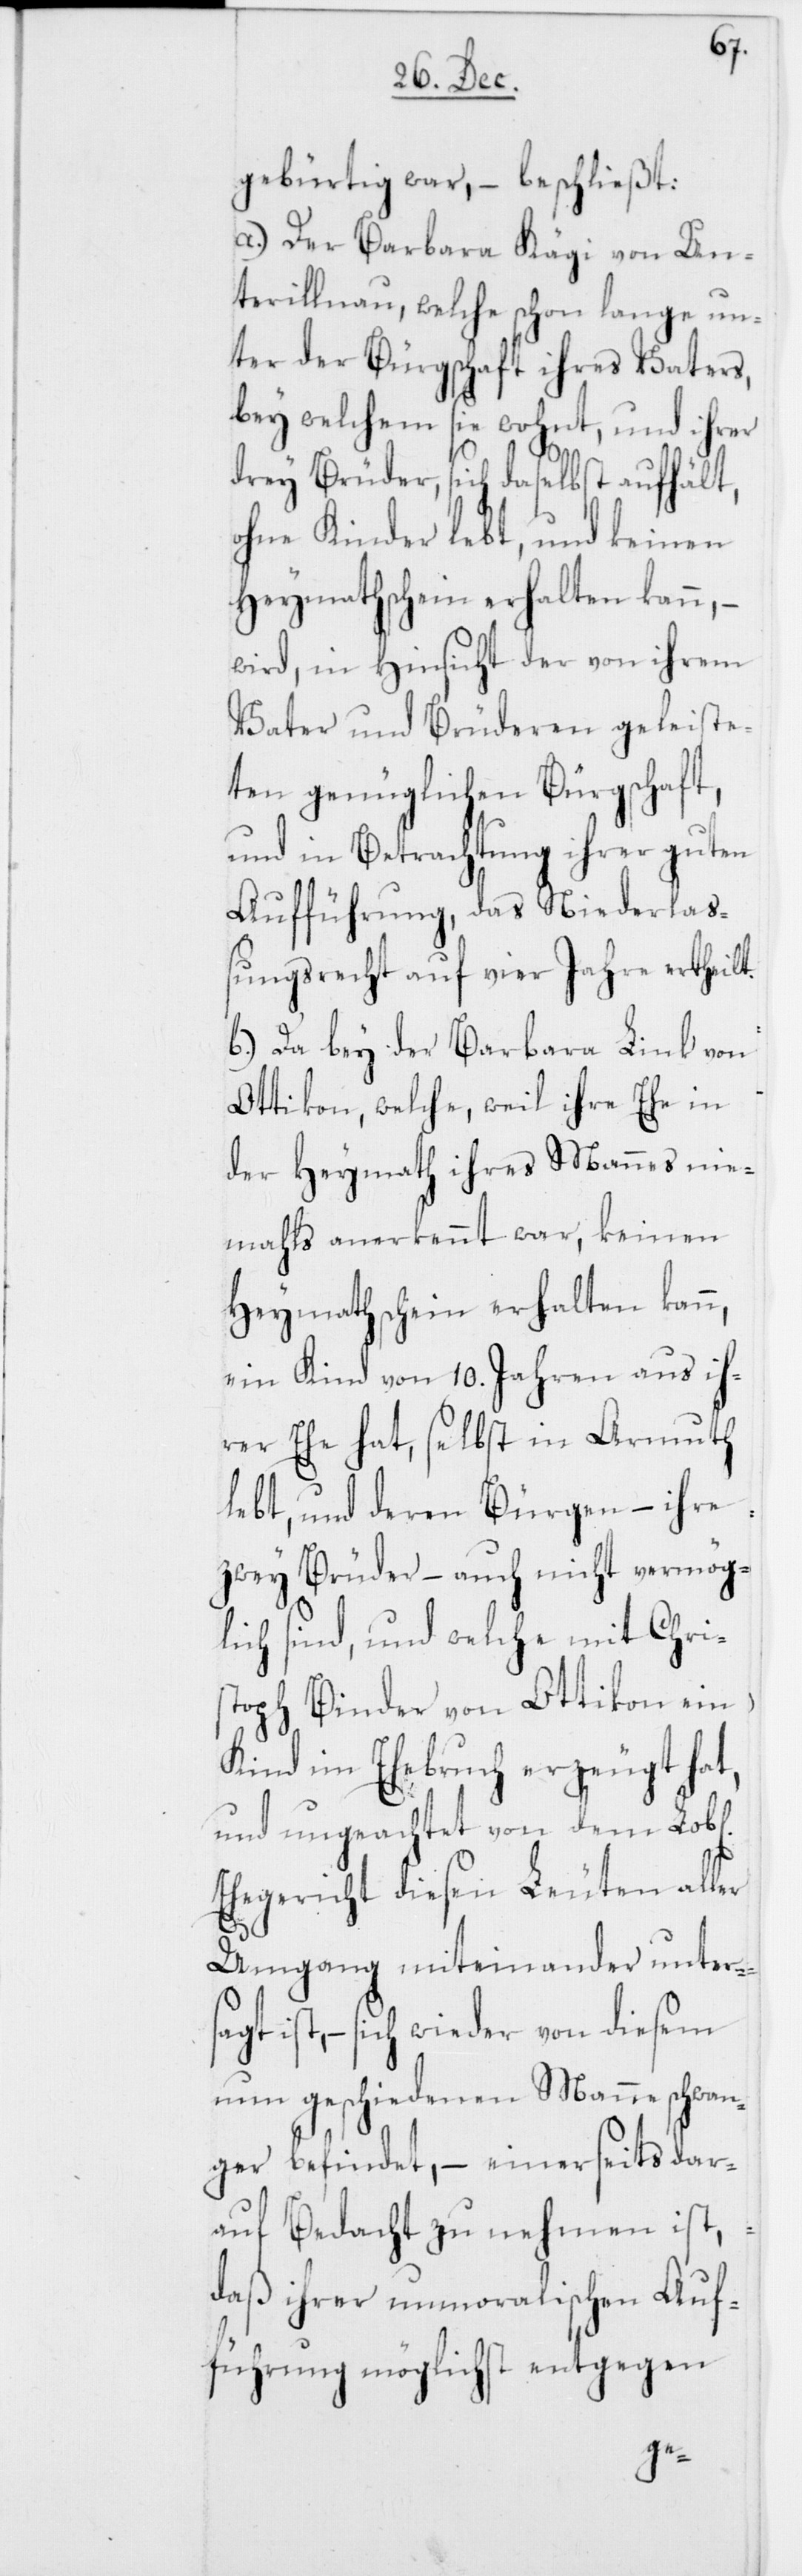
gebürtig war, – beschließt:
a) Der Barbara Kägi von Un¬
terillnau, welche schon lange un¬
ter der Bürgschaft ihres Vaters,
bey welchem sie wohnt, und ihrer
drey Brüder, sich daselbst aufhält,
ohne Kinder lebt, und keinen
Heymathschein erhalten kann,
wird in Hinsicht der von ihrem
Vater und Brüderen geleist¬
eten genüglichen Bürg¬
und in Betrachtung ihrer guten
Aufführung, das Niederlaß¬
ungsrecht auf vier Jahre ertheilt.
b) Da bey der Barbara Link von
Ottikon, welche, weil ihre Ehe in
der Heymath ihres Mannes nie¬
mahls anerkennt war, keinen
Heymathschein erhalten kann,
ein Kind von 10. Jahren aus ih¬
rer Ehe hat, selbst in Armuth
lebt, und deren Bürgen, – ihre
zwey Brüder, – auch nicht vermög¬
lich sind, und welche mit Chris¬
toph Binder von Ottikon ein
Kind im Ehebruch erzeugt hat,
und ungeachtet von dem Lob[l¬
Ehegericht diesen Leuten all¬
Umgang miteinander unt¬
ist, – sich wieder von diesem
nun geschiedenen Manne schwan¬
dar¬
ger befindet, – einersei¬
auf Bedacht zu nehmen
daß ihrer unmoralischen Auf¬
ers¬
führung
ts